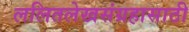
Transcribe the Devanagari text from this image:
ललितलेखसंग्रहासाठी